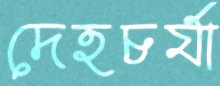
দেহচর্যা